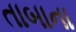
તાબાના